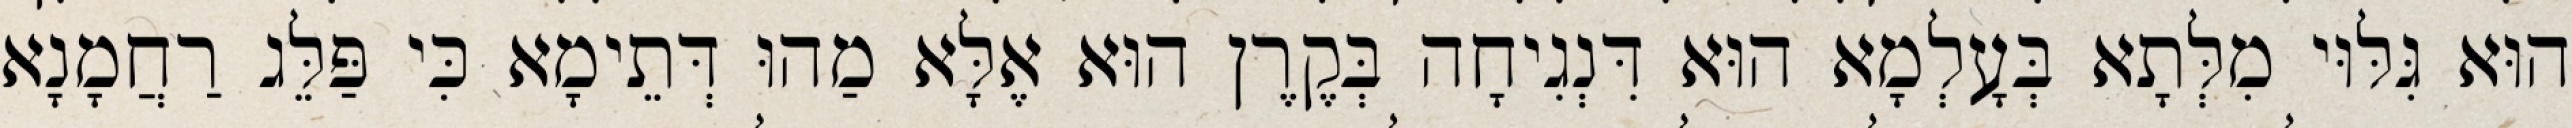
הוּא גִּלּוּי מִלְּתָא בְּעָלְמָא הוּא דִּנְגִיחָה בְּקֶרֶן הוּא אֶלָּא מַהוּ דְּתֵימָא כִּי פַּלֵּג רַחֲמָנָא